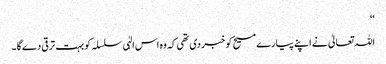
‘‘
اللہ تعالیٰ نے اپنے پیارے مسیح کو خبر دی تھی کہ وہ اس الہٰی سلسلہ کو بہت ترقی دے گا ۔